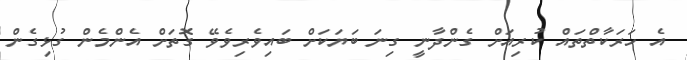
އެ ހަރަކާތްތައް ކުރިއަށް ގެންދާނީ ގިނަ ބަޔަކަށް ބައިވެރިވެވޭ ގޮތަށް އެންމެން ގުޅިގެން